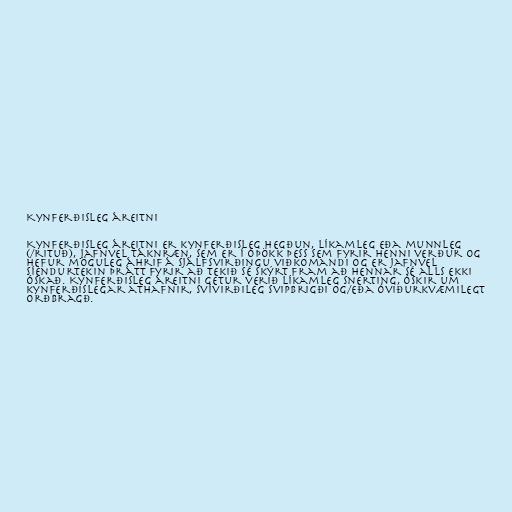
Kynferðisleg áreitni

Kynferðisleg áreitni er kynferðisleg hegðun, líkamleg eða munnleg
(/rituð), jafnvel táknræn, sem er í óþökk þess sem fyrir henni verður og
hefur möguleg áhrif á sjálfsvirðingu viðkomandi og er jafnvel
síendurtekin þrátt fyrir að tekið sé skýrt fram að hennar sé alls ekki
óskað. Kynferðisleg áreitni getur verið líkamleg snerting, óskir um
kynferðislegar athafnir, svívirðileg svipbrigði og/eða óviðurkvæmilegt
orðbragð.